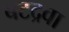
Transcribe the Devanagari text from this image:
बटद्रवा